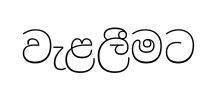
වැළලීමට